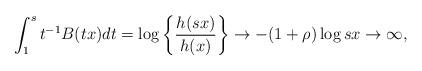
LaTeX: \begin{align*}\int_{1}^{s}t^{-1}B(tx)dt=\log \left\{ \frac{h(sx)}{h(x)}\right\}\rightarrow -(1+\rho )\log sx\rightarrow \infty ,\end{align*}